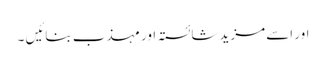
اور اسے مزید شائستہ اور مہذب بنائیں ۔